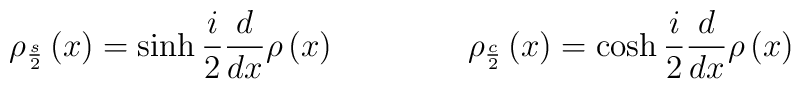
\rho _{\frac {s}{2}}\left( x\right) =\sinh \frac {i}{2} \frac {d}{dx}\rho\left( x\right) \qquad \qquad\rho _{\frac {c}{2}}\left( x\right) =\cosh \frac{i}{2}\frac {d}{dx}\rho \left( x\right)